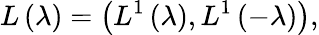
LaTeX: L\left(\lambda\right)=\left(L^{1}\left(\lambda\right),L^{1}\left(-\lambda\right)\right),